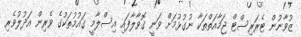
ޒުވާނުން ޓެރަރިސްޓް ޖަމާއަތްތަކާ ނުގުޅުމަށް ވަނީ ގޮވާލާފައި އިސްލާމީ ގައުމުތަކުގެ ވެރިން އަދުލުވެރި